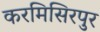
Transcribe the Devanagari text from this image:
करमिसिरपुर